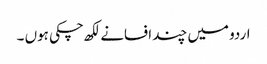
اردو میں چند افسانے لکھ چکی ہوں ۔